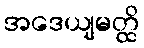
အဒေယျမတ္ထိ